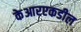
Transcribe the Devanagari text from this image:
केआरएकडील